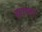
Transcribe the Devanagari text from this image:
ग्रामा